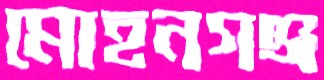
মোহনগঞ্জ